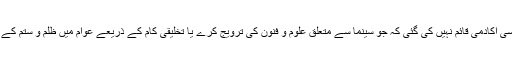
تاہم، پاکستان میں اب تک کوئی ایسی اکادمی قائم نہیں کی گئی کہ جو سینما سے متعلق علوم و فنون کی ترویج کرے یا تخلیقی کام کے ذریعے عوام میں ظلم و ستم کے خلاف جدوجہد کا سلیقہ پیدا کرے۔